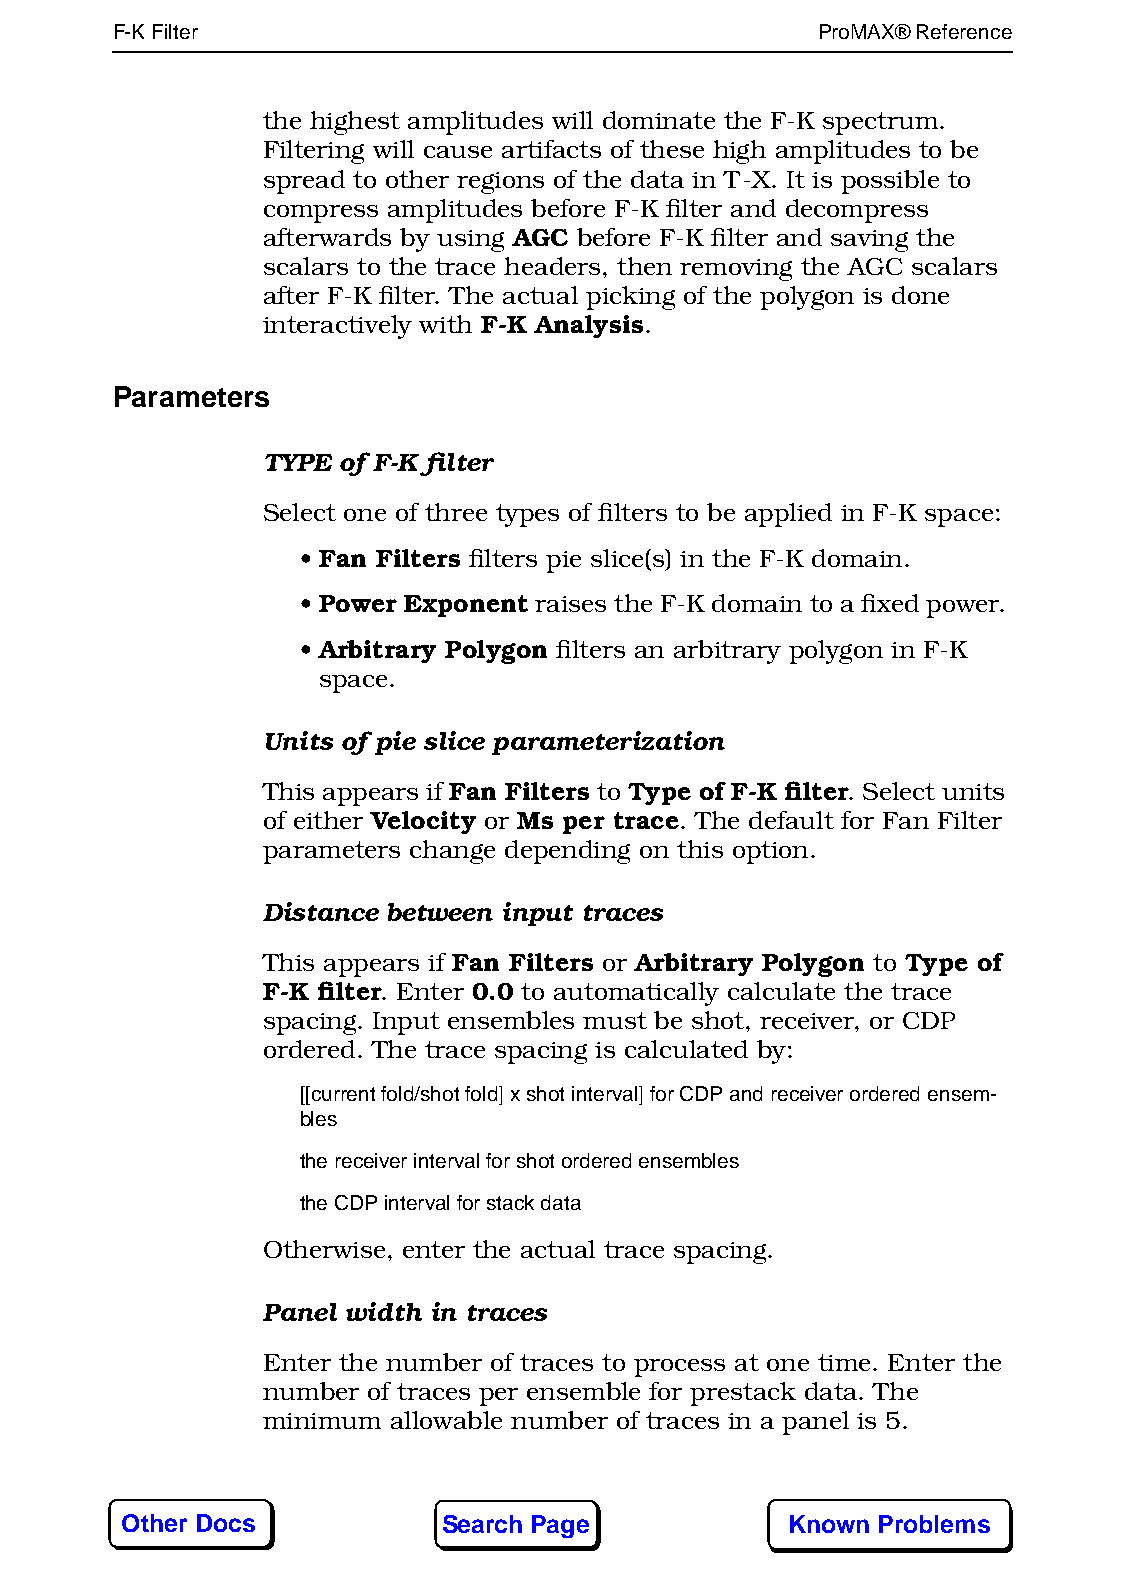
F-K Filter160                                  ProMAX® Reference
 the highest amplitudes will dominate the F-K spectrum.
 Filtering will cause artifacts of these high amplitudes to be
 spread to other regions of the data in T-X. It is possible to
 compress amplitudes before F-K filter and decompress
 afterwards by using AGC before F-K filter and saving the
 scalars to the trace headers, then removing the AGC scalars
 after F-K filter. The actual picking of the polygon is done
 interactively with F-K Analysis.
 Parameters
 TYPE of F-K filter
 Select one of three types of filters to be applied in F-K space:
 • Fan Filters filters pie slice(s) in the F-K domain.
 • Power Exponent raises the F-K domain to a fixed power.
 • Arbitrary Polygon filters an arbitrary polygon in F-K
 space.
 Units of pie slice parameterization
 This appears if Fan Filters to Type of F-K filter. Select units
 of either Velocity or Ms per trace. The default for Fan Filter
 parameters change depending on this option.
 Distance between input traces
 This appears if Fan Filters or Arbitrary Polygon to Type of
 F-K filter. Enter 0.0 to automatically calculate the trace
 spacing. Input ensembles must be shot, receiver, or CDP
 ordered. The trace spacing is calculated by:
 [[current fold/shot fold] x shot interval] for CDP and receiver ordered ensem-
 bles
 the receiver interval for shot ordered ensembles
 the CDP interval for stack data
 Otherwise, enter the actual trace spacing.
 Panel width in traces
 Enter the number of traces to process at one time. Enter the
 number of traces per ensemble for prestack data. The
 minimum  allowable number of traces in a panel is 5.
 Other Docs           Search Page            Known Problems